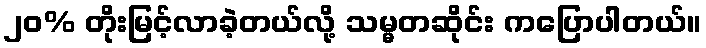
၂၀% တိုးမြင့်လာခဲ့တယ်လို့ သမ္မတဆိုင်း ကပြောပါတယ်။